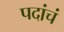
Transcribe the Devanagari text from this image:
पदांचं